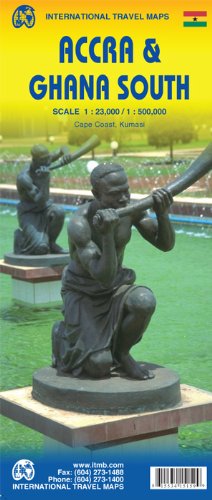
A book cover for Accra City & Ghana South Travel Reference Map 1:23,000 / 1:500,000; International Travel maps; Travel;